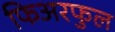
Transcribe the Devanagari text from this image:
फिअरफुल